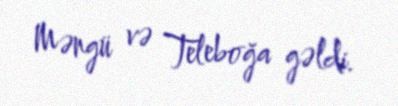
Məngü və Teleboğa gəldi.